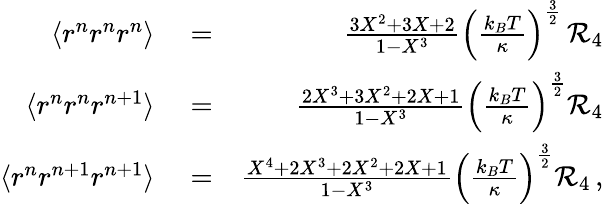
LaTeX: \begin{array}{rlr}{\langle r^{n}r^{n}r^{n}\rangle}&{{}=}&{\frac{3X^{2}+3X+2}{1-X^{3}}\left(\frac{k_{B}T}{\kappa}\right)^{\frac{3}{2}}\, {\cal R}_{4}}\\ {\langle r^{n}r^{n}r^{n+1}\rangle}&{{}=}&{\frac{2X^{3}+3X^{2}+2X+1}{1-X^{3}}\left(\frac{k_{B}T}{\kappa}\right)^{\frac{3}{2}}{\cal R}_{4}}\\ {\langle r^{n}r^{n+1}r^{n+1}\rangle}&{{}=}&{\frac{X^{4}+2X^{3}+2X^{2}+2X+1}{1-X^{3}}\left(\frac{k_{B}T}{\kappa}\right)^{\frac{3}{2}}{\cal R}_{4}\, ,}\end{array}